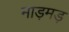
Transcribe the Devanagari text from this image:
माड़मड़